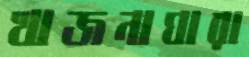
খাজনাঘারা